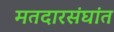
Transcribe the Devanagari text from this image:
मतदारसंघांत